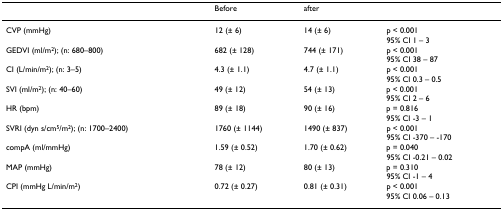
|  | Before | after |  |
 | --- | --- | --- | --- |
 | CVP (mmHg) | 12 (± 6) | 14 (± 6) | p < 0.00195% CI 1 – 3 |
 | GEDVI (ml/m2); (n: 680–800) | 682 (± 128) | 744 (± 171) | p < 0.00195% CI 38 – 87 |
 | CI (L/min/m2); (n: 3–5) | 4.3 (± 1.1) | 4.7 (± 1.1) | p < 0.00195% CI 0.3 – 0.5 |
 | SVI (ml/m2); (n: 40–60) | 49 (± 12) | 54 (± 13) | p < 0.00195% CI 2 – 6 |
 | HR (bpm) | 89 (± 18) | 90 (± 16) | p = 0.81695% CI -3 – 1 |
 | SVRI (dyn s/cm5/m2); (n: 1700–2400) | 1760 (± 1144) | 1490 (± 837) | p < 0.00195% CI -370 – -170 |
 | compA (ml/mmHg) | 1.59 (± 0.52) | 1.70 (± 0.62) | p = 0.04095% CI -0.21 – 0.02 |
 | MAP (mmHg) | 78 (± 12) | 80 (± 13) | p = 0.31095% CI -1 – 4 |
 | CPI (mmHg L/min/m2) | 0.72 (± 0.27) | 0.81 (± 0.31) | p < 0.00195% CI 0.06 – 0.13 |